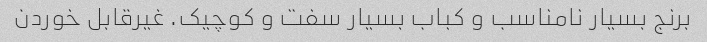
برنج بسیار نامناسب و کباب بسیار سفت و کوچیک. غیرقابل خوردن